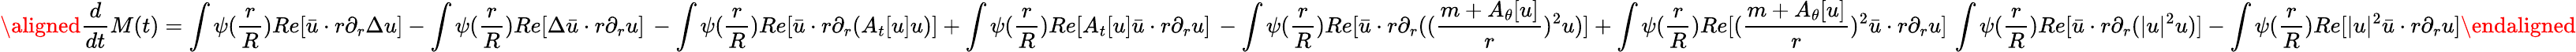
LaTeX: \aligned\frac{d}{dt}M(t)=\int\psi(\frac{r}{R})Re[\bar{u}\cdot r\partial_{r}\Delta u]-\int\psi(\frac{r}{R})Re[\Delta\bar{u}\cdot r\partial_{r}u]\, -\int\psi(\frac{r}{R})Re[\bar{u}\cdot r\partial_{r}(A_{t}[u]u)]+\int\psi(\frac{r}{R})Re[A_{t}[u]\bar{u}\cdot r\partial_{r}u]\, -\int\psi(\frac{r}{R})Re[\bar{u}\cdot r\partial_{r}((\frac{m+A_{\theta}[u]}{r})^{2}u)]+\int\psi(\frac{r}{R})Re[(\frac{m+A_{\theta}[u]}{r})^{2}\bar{u}\cdot r\partial_{r}u]\, \int\psi(\frac{r}{R})Re[\bar{u}\cdot r\partial_{r}(|u|^{2}u)]-\int\psi(\frac{r}{R})Re[|u|^{2}\bar{u}\cdot r\partial_{r}u]\endaligned